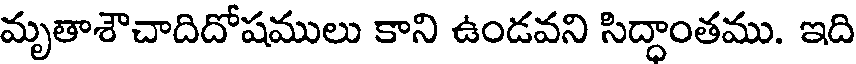
మృతాశౌచాదిదోషములు కాని ఉండవని సిద్ధాంతము. ఇది